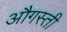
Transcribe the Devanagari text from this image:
औगस्ती